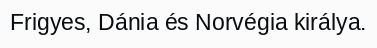
Frigyes, Dánia és Norvégia királya.